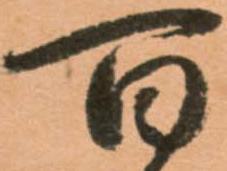
百